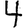
Digit: 4